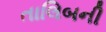
તાલિબની